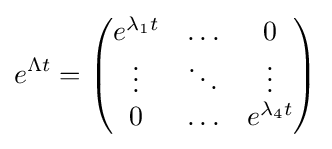
e^{\Lambda t}={\begin{pmatrix}e^{\lambda _{1}t}&\ldots &0\\\vdots &\ddots &\vdots \\0&\ldots &e^{\lambda _{4}t}\end{pmatrix}}